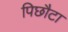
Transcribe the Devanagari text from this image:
पिछौटा